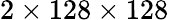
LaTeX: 2\times 128\times 128